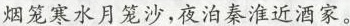
烟笼寒水月笼沙，夜泊秦淮近酒家。